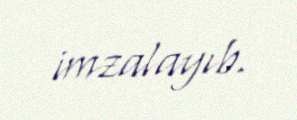
imzalayıb.